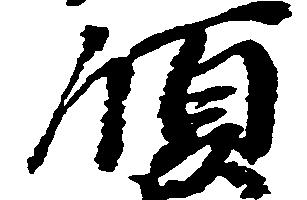
領